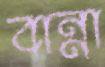
বান্না